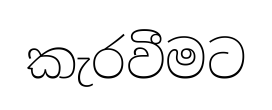
කැරවීමට